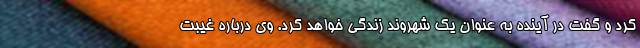
کرد و گفت در آینده به عنوان یک شهروند زندگی خواهد کرد. وی درباره غیبت